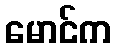
မောင်က